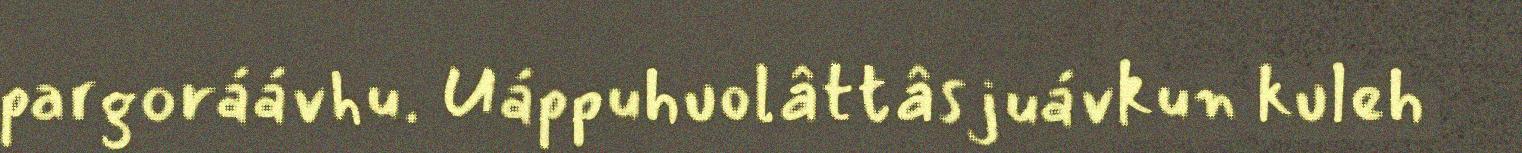
pargoráávhu. Uáppuhuolâttâsjuávkun kuleh